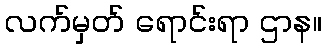
လက်မှတ် ရောင်းရာ ဌာန။